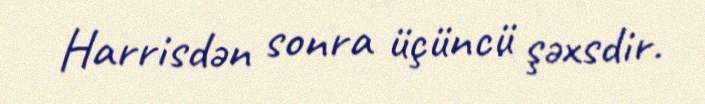
Harrisdən sonra üçüncü şəxsdir.